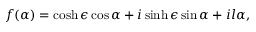
f ( \alpha ) = \cosh \epsilon \cos \alpha + i \sinh \epsilon \sin \alpha + i l \alpha ,